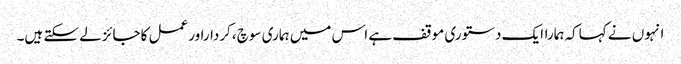
انہوں نے کہاکہ ہماراایک دستوری موقف ہے اس میں ہماری سوچ ،کرداراورعمل کاجائزلے سکتے ہیں۔